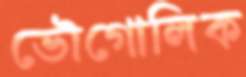
ভৌগোলিক